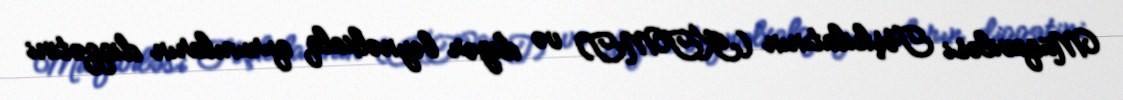
Müqaviləsi Təşkilatının (KTMT) və digər beynəlxalq qurumların diqqətini